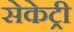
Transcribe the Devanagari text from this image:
सेकेट्री